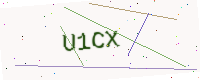
Text: U1CX